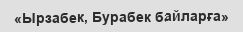
«Ырзабек, Бурабек байларға»